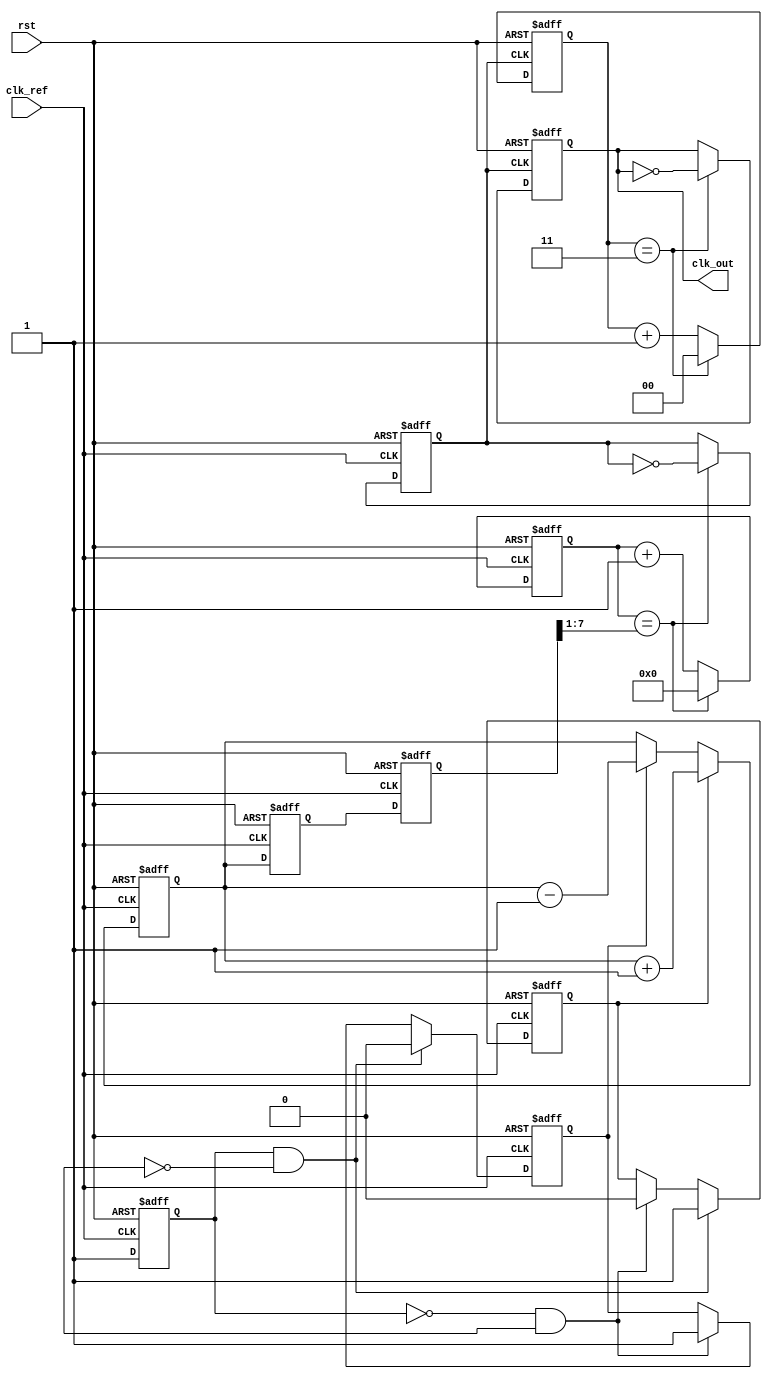
module low_jitter_PLL (
    input wire clk_ref,        // Reference clock input
    input wire rst,            // Asynchronous reset
    output wire clk_out        // Output clock from VCO
);

// Parameters for PLL
parameter DIV_FACTOR = 4;    // Division factor for frequency divider
parameter CONTROL_WIDTH = 8;  // Width of the control voltage signal

// Phase Frequency Detector (PFD)
reg pfd_clk_ref;
reg pfd_clk_fb;
reg pfd_up, pfd_down;

always @(posedge clk_ref or posedge rst) begin
    if (rst) begin
        pfd_clk_ref <= 1'b0;
        pfd_up <= 1'b0;
        pfd_down <= 1'b0;
    end else begin
        // Simple PFD logic (this part needs to be adapted for actual PFD implementation)
        pfd_clk_ref <= 1'b1;
        if (pfd_clk_ref && !pfd_clk_fb) begin
            pfd_up <= 1'b1;
            pfd_down <= 1'b0;
        end else if (!pfd_clk_ref && pfd_clk_fb) begin
            pfd_up <= 1'b0;
            pfd_down <= 1'b1;
        end
    end
end

// Charge Pump (CP)
reg [CONTROL_WIDTH-1:0] cp_out, cp_voltage;

always @(posedge clk_ref or posedge rst) begin
    if (rst) begin
        cp_out <= 0;
        cp_voltage <= 0;
    end else begin
        if (pfd_up) begin
            cp_out <= cp_out + 1; // Charge
        end else if (pfd_down) begin
            cp_out <= cp_out - 1; // Discharge
        end

        cp_voltage <= cp_out; // Control voltage to VCO
    end
end

// Loop Filter (LF)
reg [CONTROL_WIDTH-1:0] loop_filter_out;

always @(posedge clk_ref or posedge rst) begin
    if (rst) begin
        loop_filter_out <= 0;
    end else begin
        // Simple loop filter: Could implement a more complex filter design
        loop_filter_out <= cp_voltage; 
    end
end

// Voltage-Controlled Oscillator (VCO)
reg vco_out;
reg [7:0] vco_counter;

always @(posedge clk_ref or posedge rst) begin
    if (rst) begin
        vco_out <= 0;
        vco_counter <= 0;
    end else begin
        // Simple VCO modeled with a counter based on the control voltage
        if (vco_counter == (loop_filter_out >> 1)) begin // Example frequency tuning
            vco_out <= ~vco_out; // Toggle output clock
            vco_counter <= 0;
        end else begin
            vco_counter <= vco_counter + 1;
        end
    end
end

// Frequency Divider
reg [1:0] div_counter;
reg clk_div_out;

always @(posedge vco_out or posedge rst) begin
    if (rst) begin
        div_counter <= 0;
        clk_div_out <= 0;
    end else begin
        if (div_counter == DIV_FACTOR - 1) begin
            clk_div_out <= ~clk_div_out; // Toggle divided clock output
            div_counter <= 0;
        end else begin
            div_counter <= div_counter + 1;
        end
    end
end

// Final Output Clock
assign clk_out = clk_div_out;

endmodule